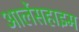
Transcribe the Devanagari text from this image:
आर्लेसहाइम